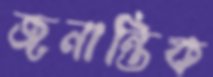
জনান্তিক